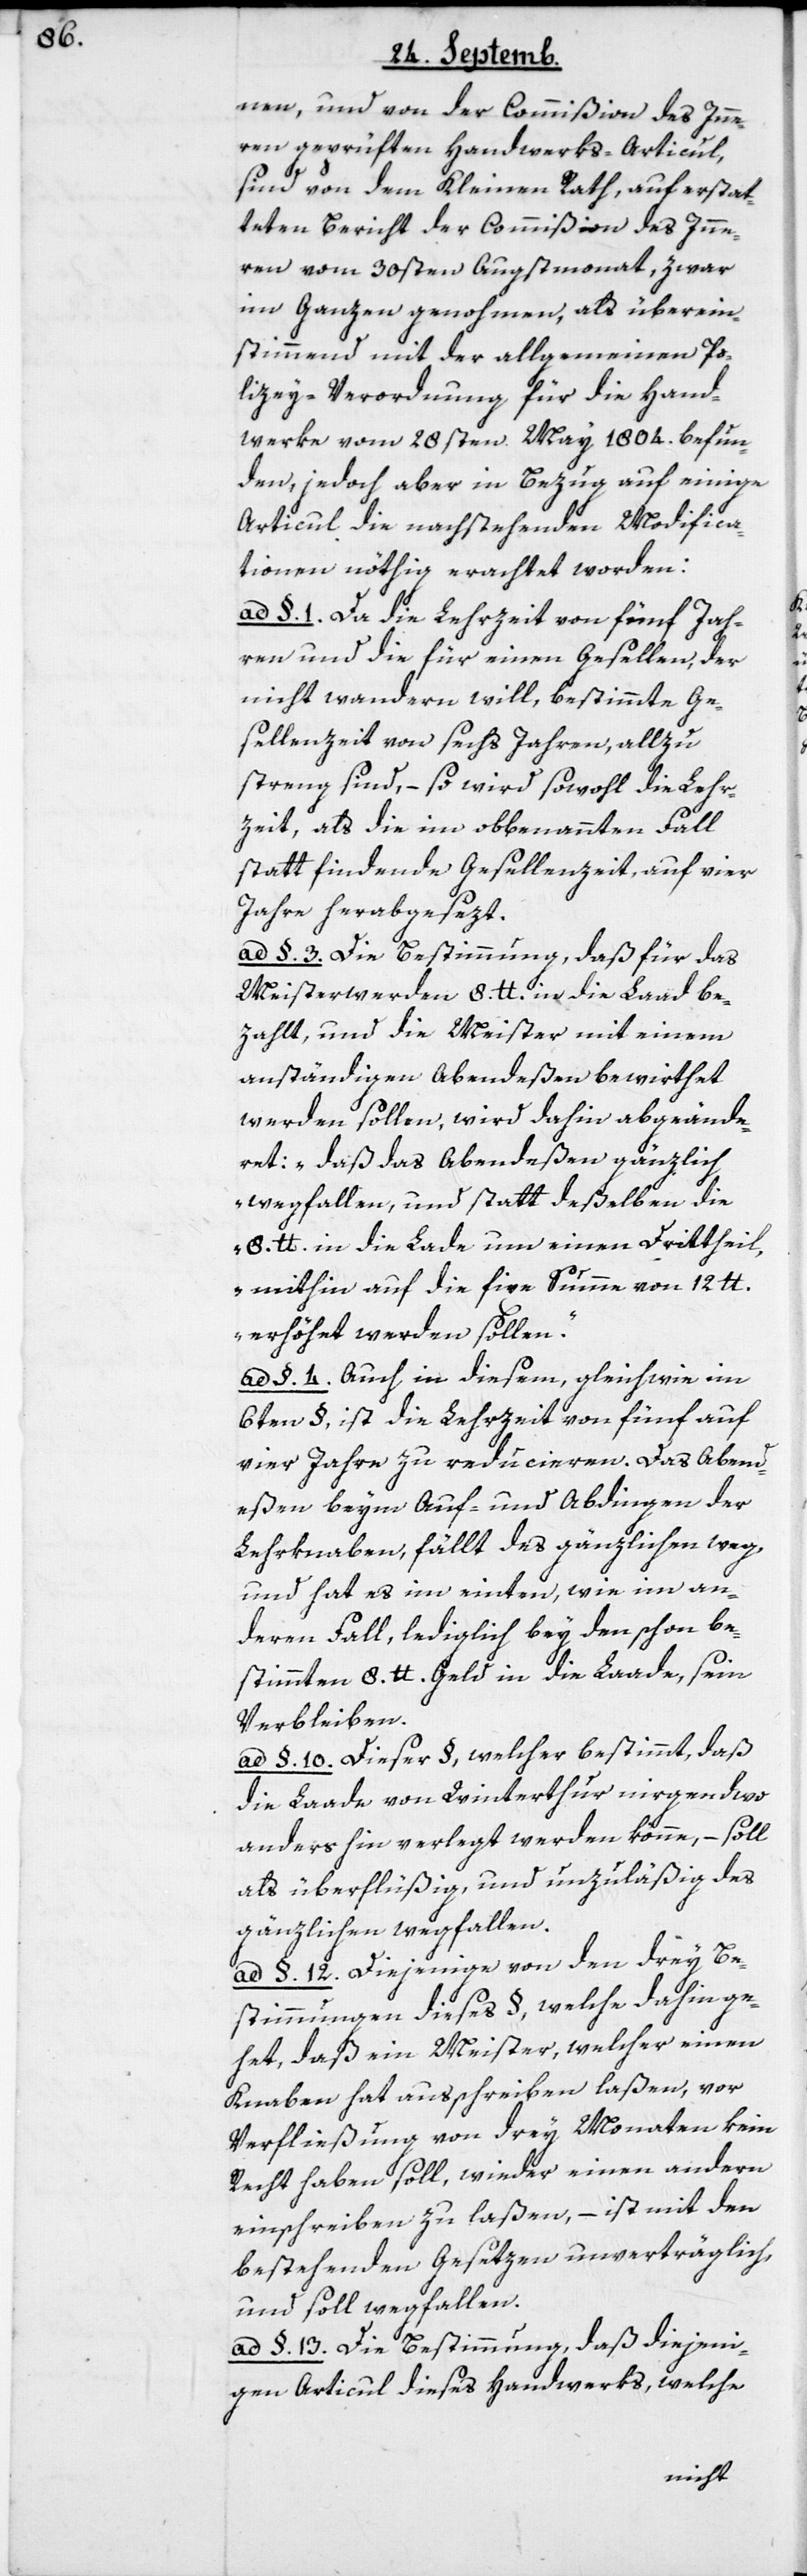
nen, und von der Commißion des Inne¬
rn geprüften Handwerks-Articul,
sind von dem Kleinen Rath auf erstat¬
teten Bericht der Commißion des Inne¬
rn vom 30sten Augstmonat, zwar
im Ganzen genohmen, als überein¬
stimmend mit der allgemeinen Po¬
lizey-Verordnung für die Hand¬
werke vom 28sten May 1804. befun¬
den, jedoch aber in Bezug auf einige
Articul die nachstehenden Modifica¬
tonen nöthig erachtet worden:
§. 1. Da die Lehrzeit von fünf Jah¬
ren und die für einen Gesellen, der
nicht wandern will, bestimmte Ge¬
sellenzeit von sechs Jahren, allzu
streng sind, – so wird sowohl die Lehr¬
zeit als die im obbenannten Fall
statt findende Gesellenzeit auf vier
Jahre herabgesezt.
ad §. 3. Die Bestimmung, daß für das
Meisterwerden 8. lb. in die Laad be¬
zahlt und die Meister mit einem
anständigen Abendeßen bewirthet
werden sollen, wird dahin abgeände¬
ret: „daß das Abendeßen gänzlich
wegfallen und statt deßelben die
8. lb. in die Lade um einen Drittheil,
mithin auf die fixe Summe von 12. lb.
erhöhet werden sollen“.
ad §. 4. Auch in diesem, gleichwie im
6ten §, ist die Lehrzeit von fünf auf
vier Jahre zu reducieren. Das Abend¬
eßen beym Auf- und Abdingen der
Lehrknaben, fällt gänzlich weg,
und hat es im einten wie im an¬
deren Fall, lediglich bey den schon be¬
stimmten 8. lb. Geld in die Laade, sein
Verbleiben.
ad §. 10. Dieser §, welcher bestimmt, daß
die Laade von Winterthur nirgendwo
anders hin verlegt werden könne, – soll
als überflüßig und unzuläßig des
gänzlichen wegfallen.
ad §. 12. Dienjenige von den drey Be¬
stimmungen dieses §, welche dahin ge¬
het, daß ein Meister, welcher einen
Knaben hat ausschreiben laßen, vor
Verfließung von drey Monaten kein
Recht haben soll, wieder einen andern
einschreiben zu laßen, – ist mit den
bestehenden Gesetzen unverträglich,
und soll wegfallen.
ad §. 13. Die Bestimmung, daß diejeni¬
gen Articul dieses Handwerks, welche